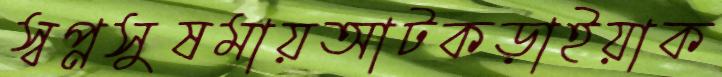
স্বপ্নসুষমায়আটকড়াইয়াক